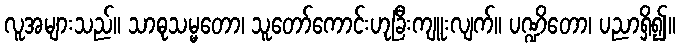
လူအများသည်။ သာဓုသမ္မတော၊ သူတော်ကောင်းဟုခြီးကျူးလျက်။ ပဏ္ဍိတော၊ ပညာရှိ၍။